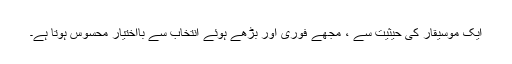
ایک موسیقار کی حیثیت سے ، مجھے فوری اور بڑھے ہوئے انتخاب سے بااختیار محسوس ہوتا ہے۔